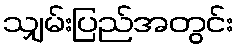
သျှမ်းပြည်အတွင်း